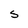
Character: S